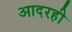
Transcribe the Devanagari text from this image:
आदरही